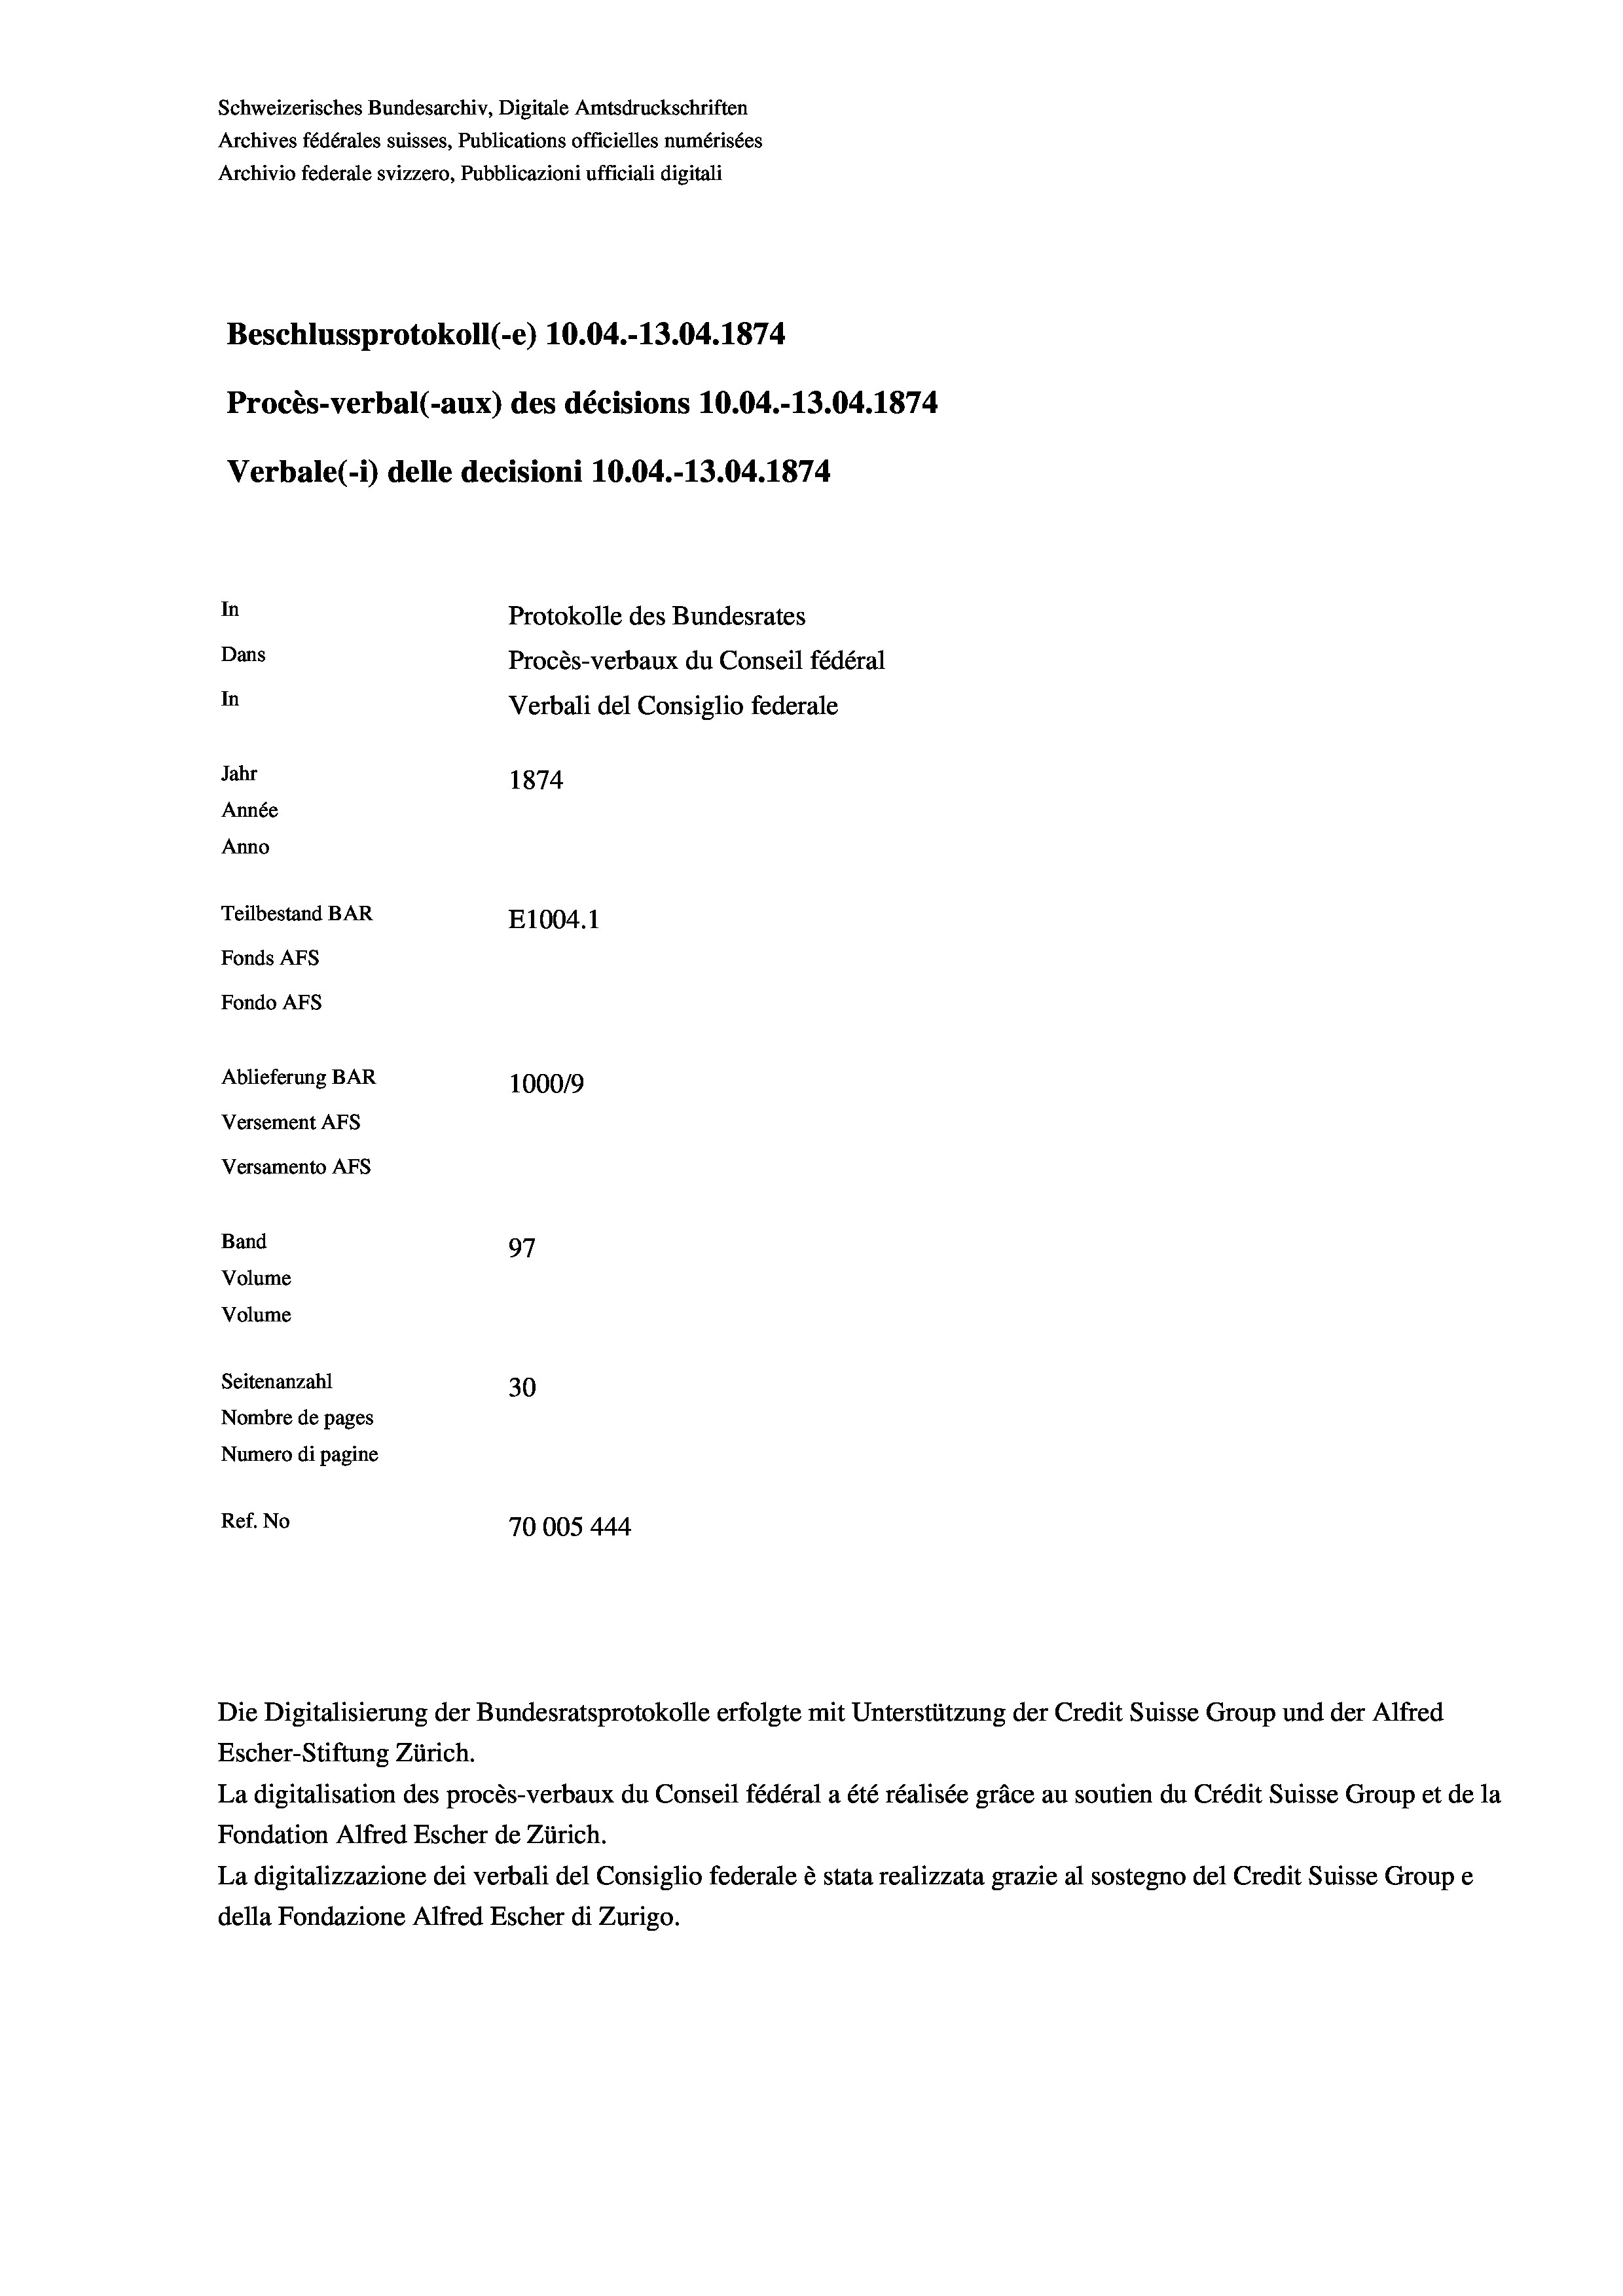
Schweizerisches Bundesarchiv, Digitale Amtsdruckschriften
Archives fédérales suisses, Publications officielles numérisées
Archivio federale svizzero, Pubblicazioni ufficiali digitali
Beschlussprotokoll (-e) 10.04.-13.04. 1874
Procès-verbal (-aux) des décisions 10.04.-13.04. 1874
Verbale(-*) delle decisioni 10.04.-13.04. 1874
In
Protokolle des Bundesrates
Dans
Procès-verbaux du Conseil fédéral
In
Verbali del Consiglio federale
Jahr
1874
Année
Anno
Teilbestand BAR
E1004. 1
Fonds AFs
Fondo AFS
Ablieferung BAR
100019
Versement AFs
Versamento Afs
Band
97
Volume
Volume
Seitenanzahl
30
Nombre de pages
Numero di pagine
Ref. No
70005444

Escher-Stiftung Zürich.
La digitalisation des procès-verbaux du Conseil fédéral a été réalisée gräce au soutien du Crédit Suisse Group et de la
Fondation Alfred Escher de Zürich.
La digitalizzazione dei verbali del Consiglio federale è stata realizzata grazie al sostegno del Credit Suisse Groupe
della Fondazione Alfred Escher di Zurigo.

Die Digitalisierung der Bundesratsprotokolle erfolgte mit Unterstützung der Credit Suisse Group und der Alfred